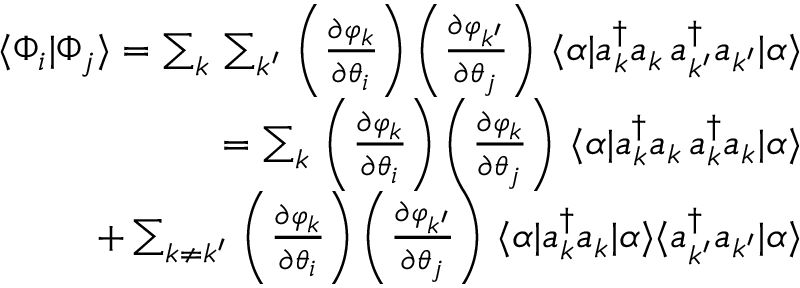
\begin{array} { r l r } & { } & { \langle \Phi _ { i } | \Phi _ { j } \rangle = \sum _ { k } \, \sum _ { k ^ { \prime } } \, \left( \frac { \partial \varphi _ { k } } { \partial \theta _ { i } } \right) \left( \frac { \partial \varphi _ { k ^ { \prime } } } { \partial \theta _ { j } } \right) \, \langle \alpha | a _ { k } ^ { \dagger } a _ { k } \, a _ { k ^ { \prime } } ^ { \dagger } a _ { k ^ { \prime } } | \alpha \rangle } \\ & { } & { = \sum _ { k } \, \left( \frac { \partial \varphi _ { k } } { \partial \theta _ { i } } \right) \left( \frac { \partial \varphi _ { k } } { \partial \theta _ { j } } \right) \, \langle \alpha | a _ { k } ^ { \dagger } a _ { k } \, a _ { k } ^ { \dagger } a _ { k } | \alpha \rangle } \\ & { } & { + \sum _ { k \ne k ^ { \prime } } \, \left( \frac { \partial \varphi _ { k } } { \partial \theta _ { i } } \right) \left( \frac { \partial \varphi _ { k ^ { \prime } } } { \partial \theta _ { j } } \right) \, \langle \alpha | a _ { k } ^ { \dagger } a _ { k } | \alpha \rangle \langle a _ { k ^ { \prime } } ^ { \dagger } a _ { k ^ { \prime } } | \alpha \rangle } \end{array}